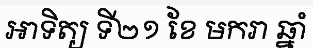
អាទិត្យ ទី២១ ខែ មករា ឆ្នាំ